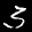
Label: 3